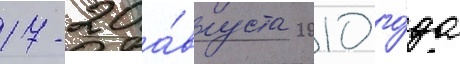
17-20 а́вгуста 2010 го́да